Vaccination report Assam 1896-1927 - 1896-1927
Year: 1896
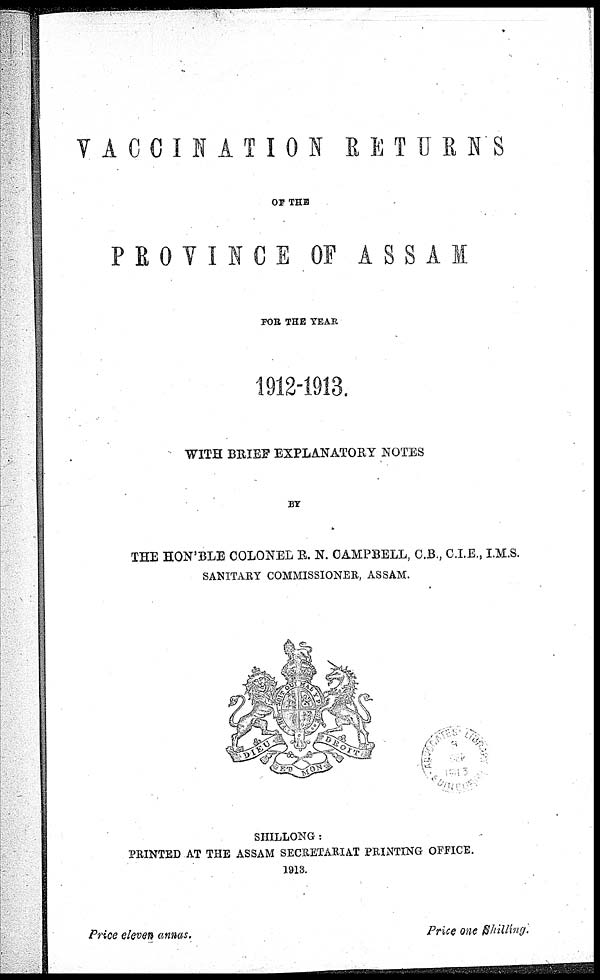
VACCINATION
RETURNS
OF THE
PROVINCE OF ASSAM
FOR THE YEAR
1912-1913.
WITH BRIEF EXPLANATORY NOTES
BY
THE HON'BLE COLONEL R. N. CAMPBELL, C.B., C.I.E., I.M.S.
SANITARY COMMISSIONER, ASSAM.
SHILLONG:
PRINTED AT THE ASSAM SECRETARIAT PRINTING OFFICE.
1913.
Price eleven annas.
Price one Shilling.